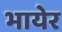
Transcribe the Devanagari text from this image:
भायेर